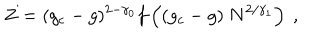
LaTeX: Z = ( g _ { c } - g ) ^ { 2 - \gamma _ { 0 } } f \left( ( g _ { c } - g ) \ N ^ { 2 / \gamma _ { 1 } } \right) \ ,